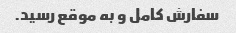
سفارش کامل و به موقع رسید.